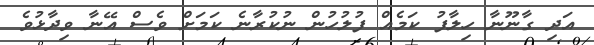
އަދި ގާނޫނާ ހިލާފު ކަމެއް ފުލުހުން ނުކުރާނެ ކަމަށް ވެސް އޭނާ ވިދާޅުވެ